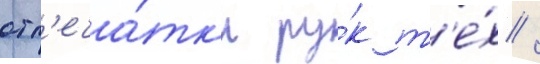
отп'еча́тк'и ру́к т'е́х /